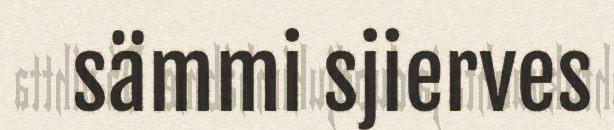
sämmi sjierves